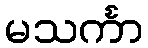
မသင်္ကာ